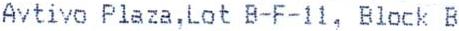
AVTIVO PLAZA,LOT B-F-11, BLOCK B